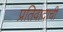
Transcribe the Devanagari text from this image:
प्रतिवादाची